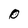
Character: O